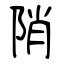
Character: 陗